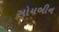
સોયબીન